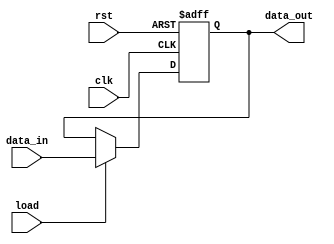
module Register_Unit #(parameter word_size=24) (data_out, data_in, load, clk, rst);
output reg [word_size-1: 0] data_out;
input [word_size-1: 0] data_in;
input load, clk, rst;
always @ (posedge clk or posedge rst)
if (rst == 1) data_out <= 0; else if (load) data_out <= data_in;
endmodule